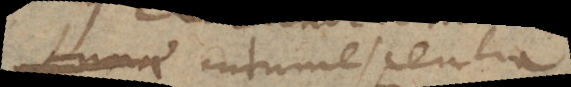
Lunae Intumescentia